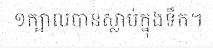
១ក្បាលបានស្លាប់ក្នុងទឹក។